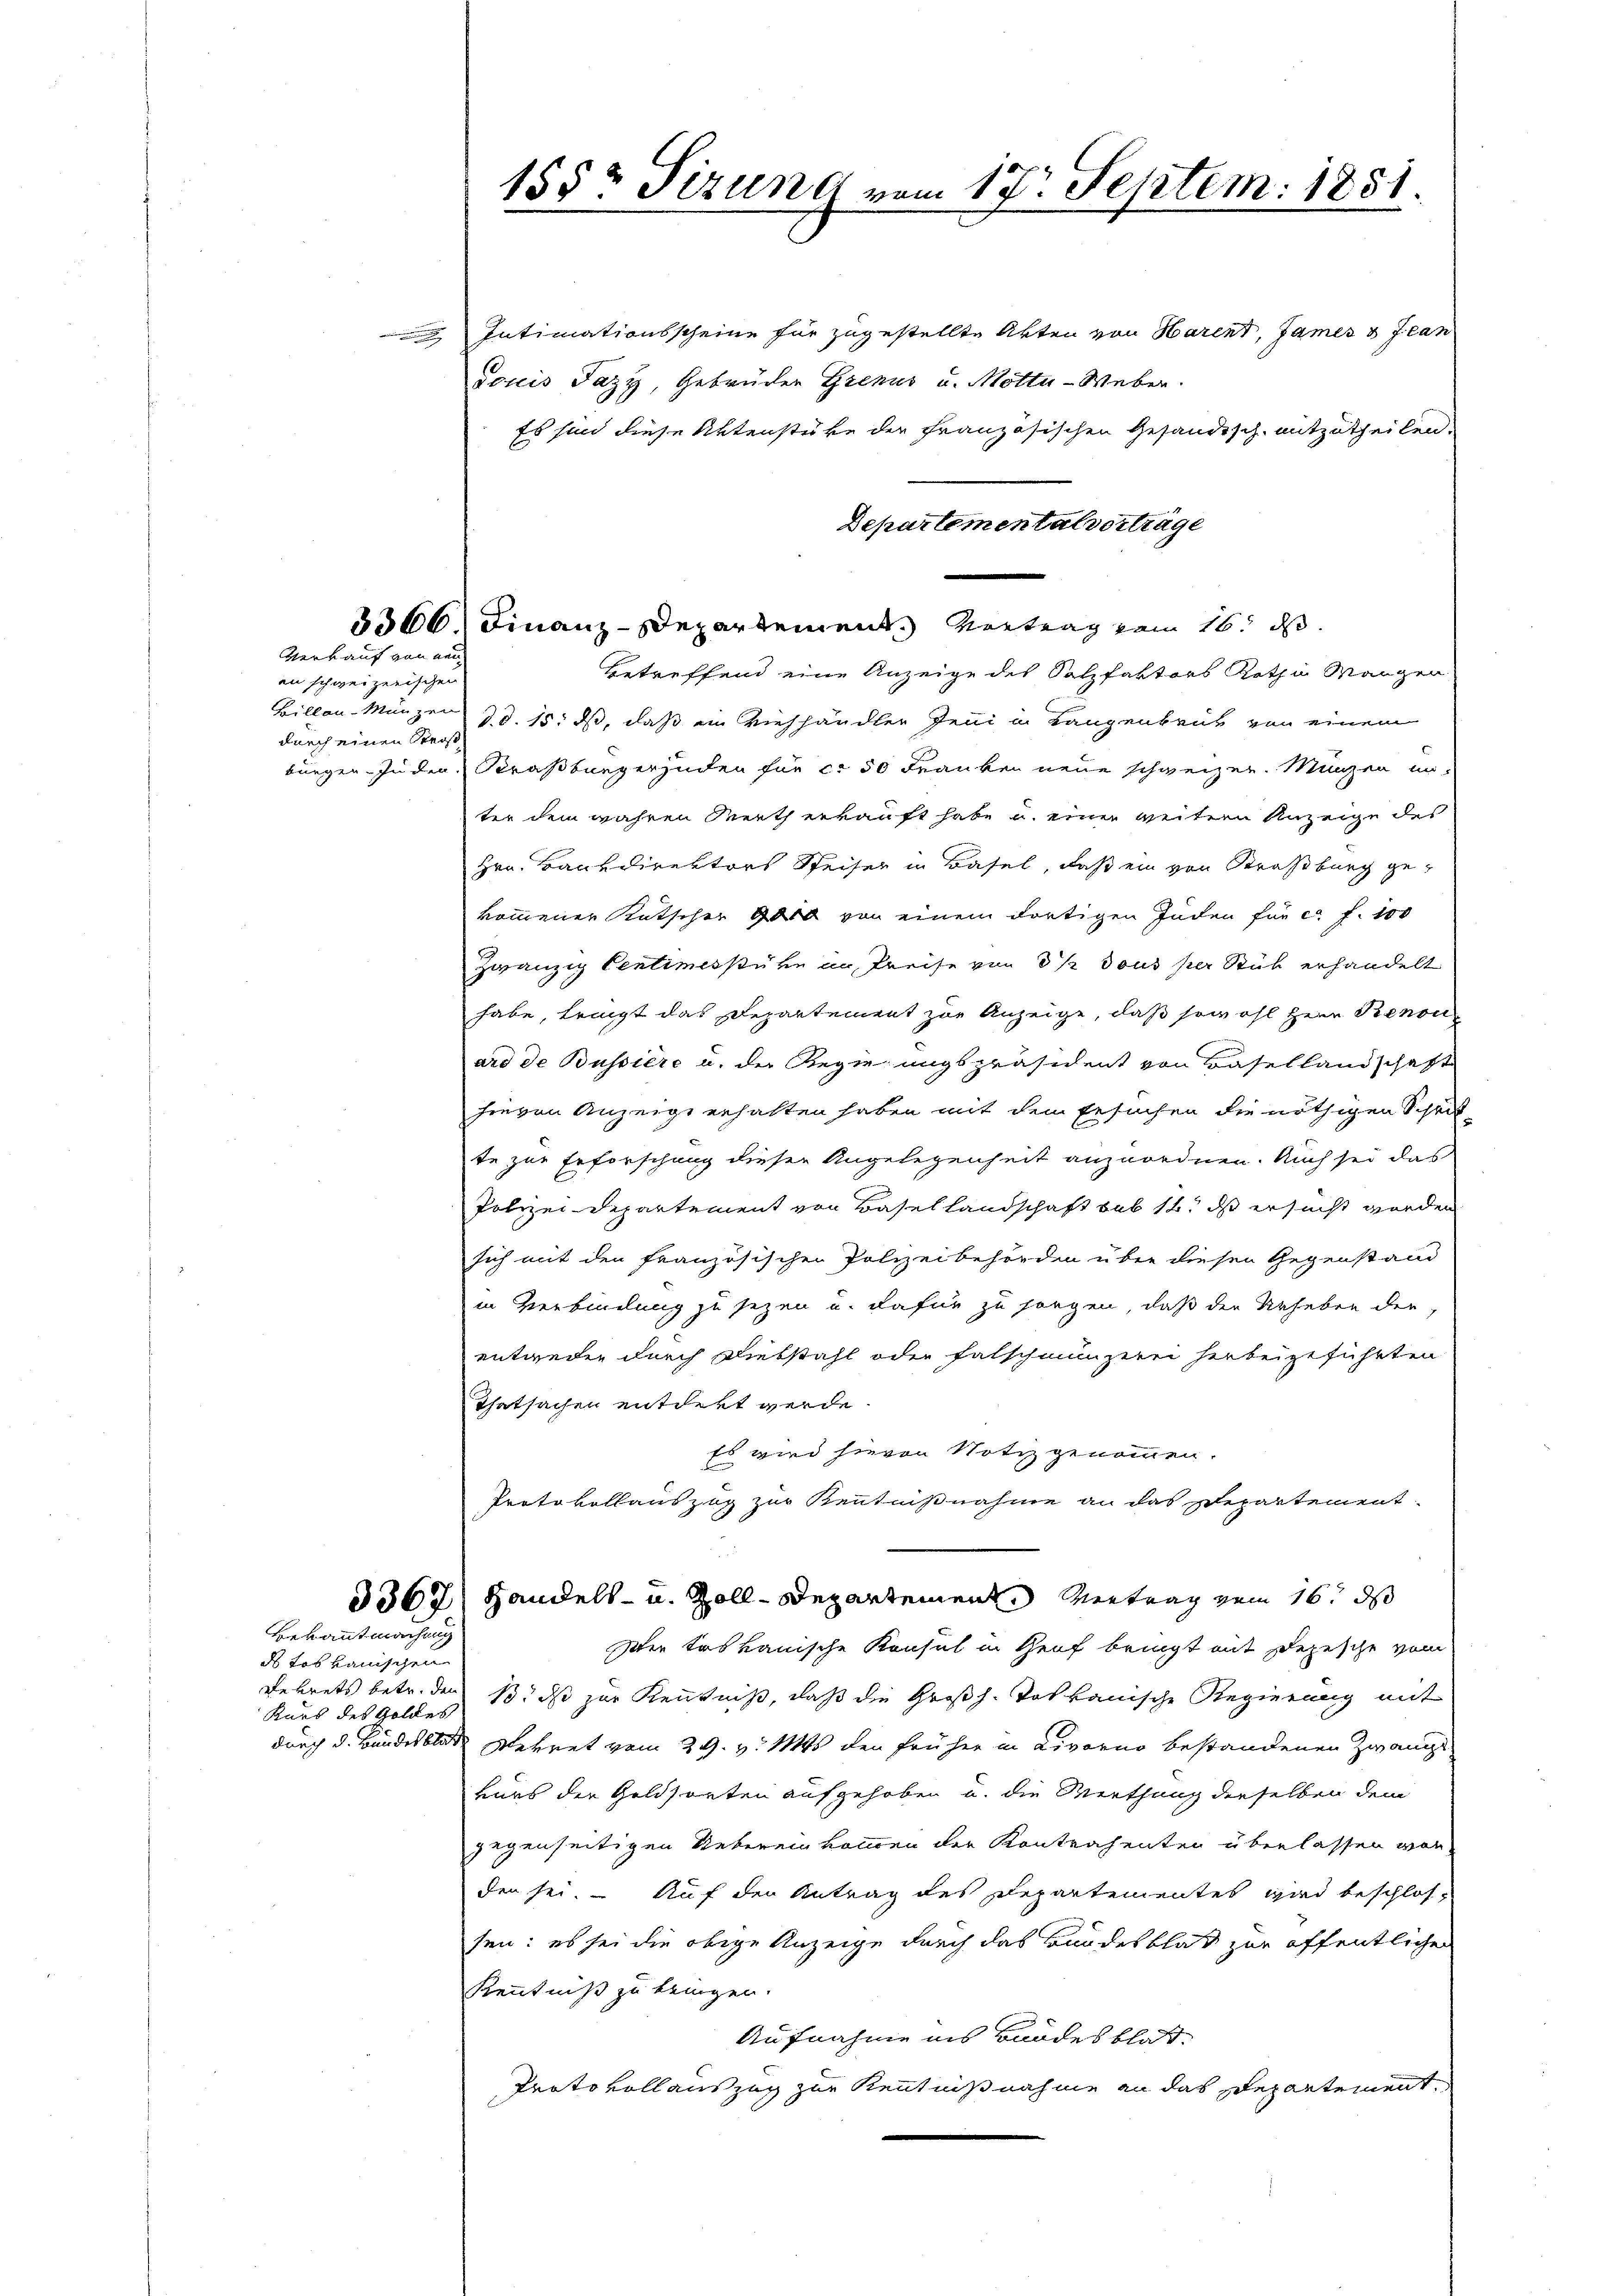
durch einen Strost

Verkauf von nen
an schweizerischen

Bekanntmachung

ds Loskanischen
Kars des Goldes

155r Sizung vom 17. Septem: 1851.

Intimationsscheine für zugestellte Akten von Harent, James & Jean
douis Fazy, Gebrüder Grenus u. Motta-Weber.
Es sind diese Aktenstüke der Französischen Gesandtsch mitzutheilen.
Departementalverträge
3366 Finanz-Departement. Vortrag vom 16. ds.
betreffend eine Anzeige des Salzfaktors Roth in Mangen
Billen-Münzen d. d. 15. ds, daß ein Viehhändler Jeni in Langenbrück von einem
burgen. In den Straßburgerjuden für ca 50 Franken neue schweizer. Münzen unter dem wahren Werth erkauft habe u. einer weitern Anzeige des
Hrn. Bankdirektors Weiser in Basel, daß ein von Straßburg ge-
kommener Kutscher Gelb von einem dortigen Juden für c. f. 100
zwanzig Centimessure an, Preise von 3 ½ Tous per Stück erhandelt
habe, tringt das Departement zur Anzeige, daß sowohl Herr Renon
ard de Bussiere u. der Regierungspräsident von Basellandschaft
hievon Anzeige erhalten haben mit dem Ersuchen die nöthigen Schrit-
te zur Erforschung dieser Angelegenheit anzuordnen. Auch sei das
Polizei Departement von Basellandschaft sub 14. ds ersucht worden
sich mit den französischen Polizeibehörden über diesen Gegenstand
in Verbindung zu sezen u. dafür zu sangen, daß der Urheben der
entweder durch Diebstahl oder falschmunzerei herbeigeführten
Thatsachen entdekt werde.
Es wird hievon Notiz genommen.
Protokollauszug zur Kenntnißnahme an das Departement-
3367) Handels- u. Zoll-Departement. Vertrag vom 16. ds
Iter talkanische Konsul in Genf bringt mit Depesche vom
Dekrets betr. den 1. ds zur Kenntniß, daß die Großh. Volkanische Regierung mit
durch d. Bundesblat Rekret vom 29. v. Mts. den früher in Livorno bestandenen Zwange
kurs der Geldsorten aufgehoben u. die Werthung derselben dem
gegenseitigen Ueberein kommen der Kontrahenten überlassen war
den sei. Auf den Antrag des Departementes wird beschlos-
sen: es sei die obige Anzeige durch das Bundesblat zur öffentlichen
Kenntniß zu bringen.
Aufnahme ins Bandes blos
Protokoll auszug zur Kenntnißnahme an das Repartement,